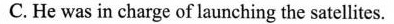
C. He was in charge of launching the satellites.